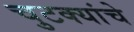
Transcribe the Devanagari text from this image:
चुटक्यांचे